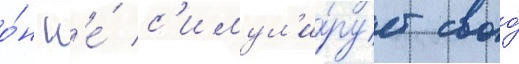
о́н н'е́ с'имул'и́рует своо́